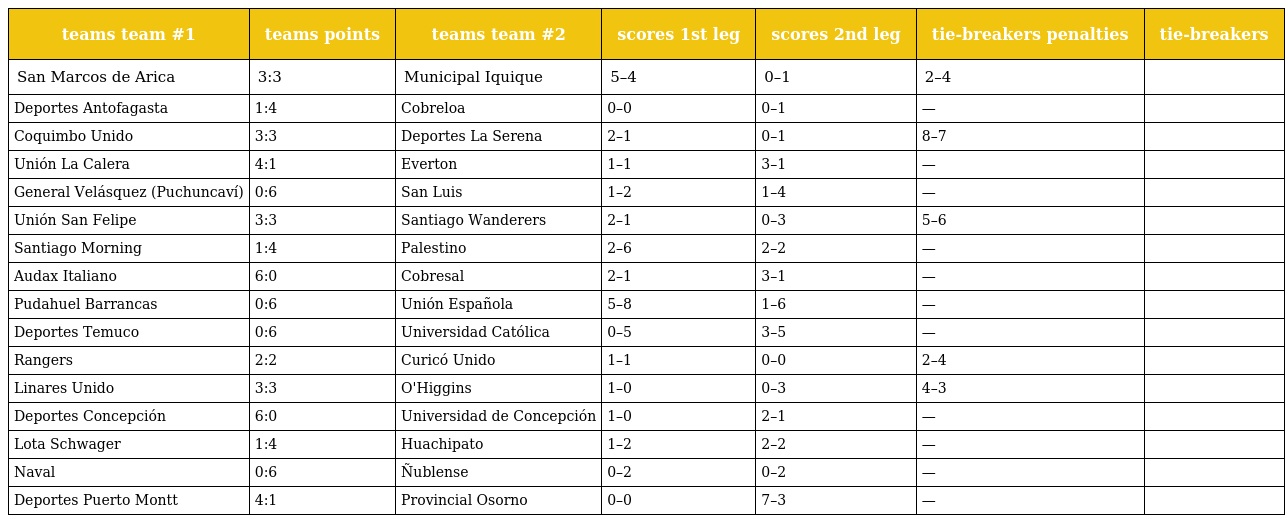
| teams team #1 | teams points | teams team #2 | scores 1st leg | scores 2nd leg | tie-breakers penalties | tie-breakers |
 | --- | --- | --- | --- | --- | --- | --- |
 | San Marcos de Arica | 3:3 | Municipal Iquique | 5–4 | 0–1 | 2–4 |  |
 | Deportes Antofagasta | 1:4 | Cobreloa | 0–0 | 0–1 | — |  |
 | Coquimbo Unido | 3:3 | Deportes La Serena | 2–1 | 0–1 | 8–7 |  |
 | Unión La Calera | 4:1 | Everton | 1–1 | 3–1 | — |  |
 | General Velásquez (Puchuncaví) | 0:6 | San Luis | 1–2 | 1–4 | — |  |
 | Unión San Felipe | 3:3 | Santiago Wanderers | 2–1 | 0–3 | 5–6 |  |
 | Santiago Morning | 1:4 | Palestino | 2–6 | 2–2 | — |  |
 | Audax Italiano | 6:0 | Cobresal | 2–1 | 3–1 | — |  |
 | Pudahuel Barrancas | 0:6 | Unión Española | 5–8 | 1–6 | — |  |
 | Deportes Temuco | 0:6 | Universidad Católica | 0–5 | 3–5 | — |  |
 | Rangers | 2:2 | Curicó Unido | 1–1 | 0–0 | 2–4 |  |
 | Linares Unido | 3:3 | O'Higgins | 1–0 | 0–3 | 4–3 |  |
 | Deportes Concepción | 6:0 | Universidad de Concepción | 1–0 | 2–1 | — |  |
 | Lota Schwager | 1:4 | Huachipato | 1–2 | 2–2 | — |  |
 | Naval | 0:6 | Ñublense | 0–2 | 0–2 | — |  |
 | Deportes Puerto Montt | 4:1 | Provincial Osorno | 0–0 | 7–3 | — |  |